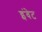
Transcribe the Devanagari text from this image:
इंवेट